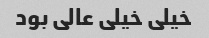
خیلی خیلی عالی بود